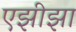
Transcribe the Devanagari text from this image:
एझीझा